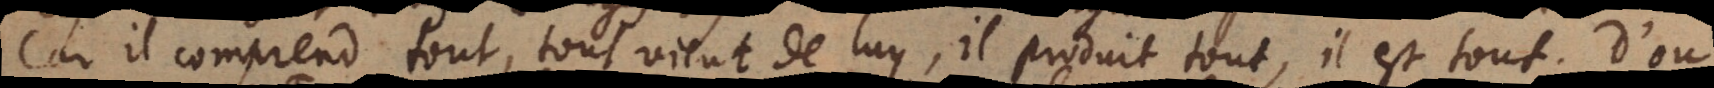
Car il comprend tout, tout vient de luy, il produit tout, il est tout. D’où